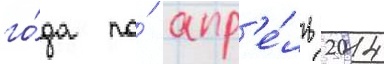
го́да по́ апр'е́ль 2014